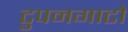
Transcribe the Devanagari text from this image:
टुपनगाटो